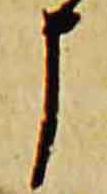
申